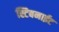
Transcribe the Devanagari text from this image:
स्टिबनाईट